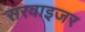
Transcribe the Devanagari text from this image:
सरवाइजर